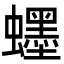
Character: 䘃